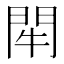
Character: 𨳯